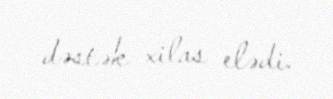
dəstək xilas elədi.